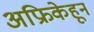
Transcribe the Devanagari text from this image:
अफ्रिकेहून